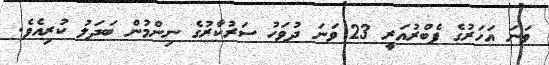
ވަނަ އަހަރުގެ ފެބްރުއަރީ 23 ވަނަ ދުވަހު ސަރުކާރުގެ ނިންމުން ބަދަލު ކުރިއެވެ.